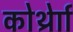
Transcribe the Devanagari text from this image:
कोर्थ्रेाा